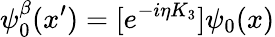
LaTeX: \psi_{0}^{\beta}(x^{\prime})=[e^{-i\eta K_{3}}]\psi_{0}(x)